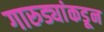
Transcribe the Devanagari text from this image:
गारुड्यांकडून